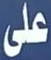
على